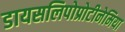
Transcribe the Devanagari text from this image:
डायसलिपोप्रोटीनेमिया